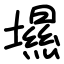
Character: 㙷